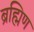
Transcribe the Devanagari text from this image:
ब्रह्मिण